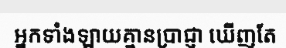
អ្នកទាំងឡាយគ្មានប្រាជ្ញា ឃើញតែ